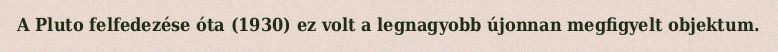
A Pluto felfedezése óta (1930) ez volt a legnagyobb újonnan megfigyelt objektum.